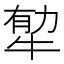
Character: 𤙼